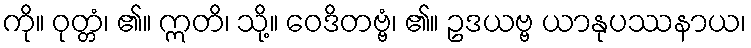
ကို။ ဝုတ္တံ၊ ၏။ ဣတိ၊ သို့။ ဝေဒိတဗ္ဗံ၊ ၏။ ဥဒယဗ္ဗ ယာနုပဿနာယ၊